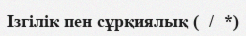
Ізгілік пен сұрқиялық (  /  *)